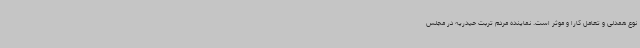
نوع همدلی و تعامل کارا و موثر است. نماینده مردم تربت حیدریه در مجلس